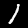
Digit: 1